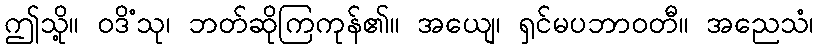
ဤသို့။ ဝဒိံသု၊ ဘတ်ဆိုကြကုန်၏။ အယျေ၊ ရှင်မပဘာဝတီ။ အညေသံ၊